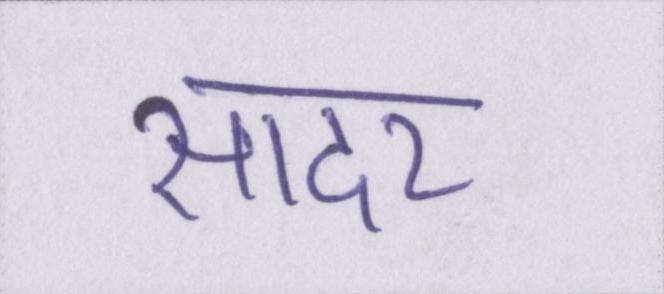
सादर